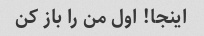
اینجا! اول من را باز کن